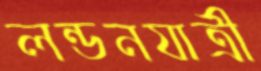
লন্ডনযাত্রী